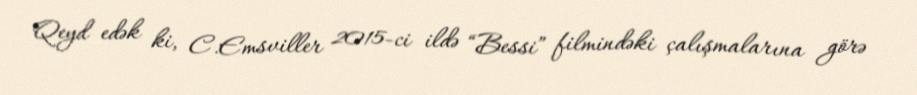
Qeyd edək ki, C.Emsviller 2015-ci ildə “Bessi” filmindəki çalışmalarına görə